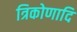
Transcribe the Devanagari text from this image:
त्रिकोणादि